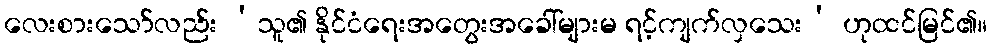
လေးစားသော်လည်း ‘သူ၏ နိုင်ငံရေးအတွေးအခေါ်များမ ရင့်ကျက်လှသေး’ ဟုထင်မြင်၏။